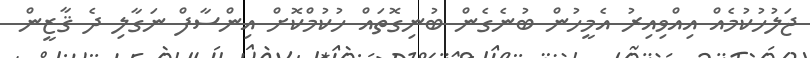
ޖަލުހުކުމެއް އިއްވިއިރު އެމީހުން ބުނެގެން ބުނިގޮތައް ހުކުމްކޮށް އިންސާފް ނަގާލި ދެ ޤާޒީން